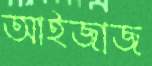
আইজাজ